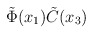
\begin{align*}\tilde{\Phi}(x_1) \tilde{C}(x_3)\end{align*}